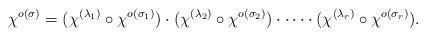
LaTeX: \begin{align*}\chi^{o(\sigma)} = (\chi^{(\lambda_1)} \circ \chi^{o(\sigma_1)}) \cdot (\chi^{(\lambda_2)} \circ \chi^{o(\sigma_2)})\cdot \cdots \cdot(\chi^{(\lambda_r)} \circ \chi^{o(\sigma_r)}).\end{align*}